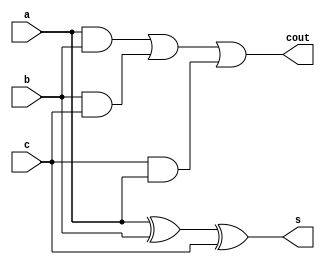
`timescale 1ns / 1ps
//////////////////////////////////////////////////////////////////////////////////
// Company: 
// Engineer: 
// 
// Design Name: 
// Module Name:    full_adder 
// Project Name: 
// Target Devices: 
// Tool versions: 
// Description: 
//
// Dependencies: 
//
// Revision: 
// Revision 0.01 - File Created
// Additional Comments: 
//
//////////////////////////////////////////////////////////////////////////////////
module full_adder(a,b,c,s,cout
    );
        input a,b,c;
        output s,cout;
        wire s,cout;
        assign s=a^b^c;
        assign cout=(a&b)|(b&c)|(c&a);
endmodule